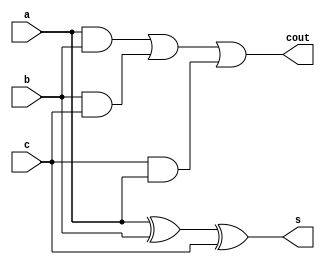
`timescale 1ns / 1ps
//////////////////////////////////////////////////////////////////////////////////
// Company: 
// Engineer: 
// 
// Design Name: 
// Module Name:    full_adder 
// Project Name: 
// Target Devices: 
// Tool versions: 
// Description: 
//
// Dependencies: 
//
// Revision: 
// Revision 0.01 - File Created
// Additional Comments: 
//
//////////////////////////////////////////////////////////////////////////////////
module full_adder(a,b,c,s,cout
    );
        input a,b,c;
        output s,cout;
        wire s,cout;
        assign s=a^b^c;
        assign cout=(a&b)|(b&c)|(c&a);
endmodule